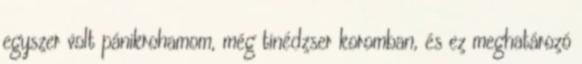
egyszer volt pánikrohamom, még tinédzser koromban, és ez meghatározó